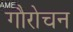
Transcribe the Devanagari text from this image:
गौरोचन